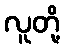
လူတို့